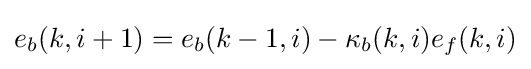
e_{b}(k,i+1)=e_{b}(k-1,i)-\kappa _{b}(k,i)e_{f}(k,i)\,\!